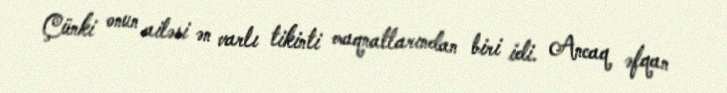
Çünki onun ailəsi ən varlı tikinti maqnatlarından biri idi. Ancaq əfqan